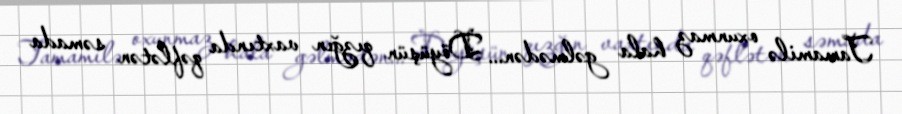
Tamamilə oxunmaz hala gəlmədən... Döyüşün qızğın vaxtında qəflətən səmada